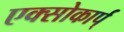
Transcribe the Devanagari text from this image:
एक्सोकार्प्